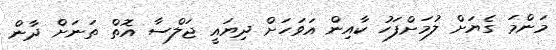
މަންމަ ގެޔަށް ލުމަށްފަހު ކާއިން އަވަހަށް ދިޔައީ ޖަލްސާ އޮތް ތަނަށް ދާން